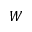
W